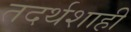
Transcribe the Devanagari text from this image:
तदर्थशाही